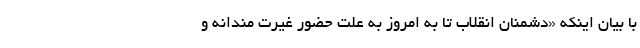
با بیان اینکه «دشمنان انقلاب تا به امروز به علت حضور غیرت مندانه و